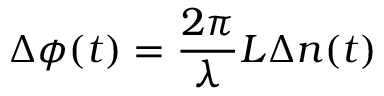
\Delta \phi ( t ) = \frac { 2 \pi } { \lambda } L \Delta n ( t )